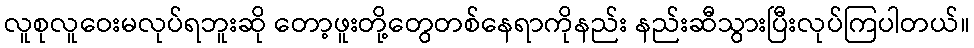
လူစုလူဝေးမလုပ်ရဘူးဆို တော့ဖူးတို့တွေတစ်နေရာကိုနည်း နည်းဆီသွားပြီးလုပ်ကြပါတယ်။